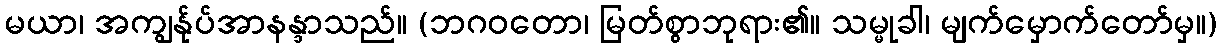
မယာ၊ အကျွန်ုပ်အာနန္ဒာသည်။ (ဘဂဝတော၊ မြတ်စွာဘုရား၏။ သမ္မုခါ၊ မျက်မှောက်တော်မှ။)